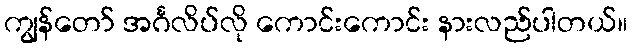
ကျွန်တော် အင်္ဂလိပ်လို ကောင်းကောင်း နားလည်ပါတယ်။